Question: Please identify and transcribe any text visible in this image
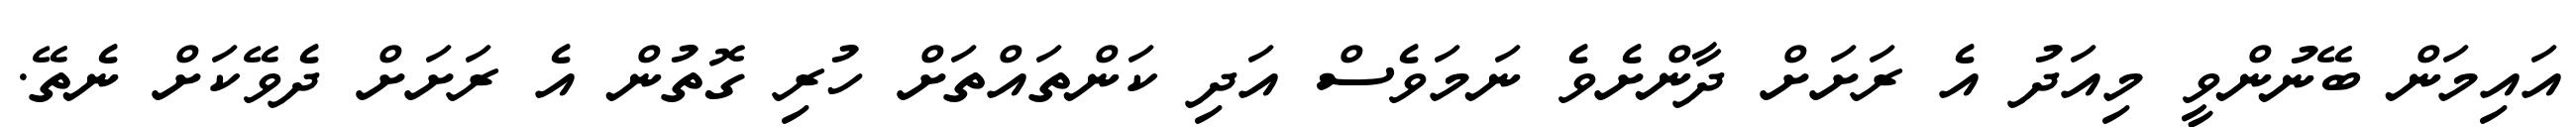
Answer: އައިމަން ބޭނުންވީ މިއަދު އެ ރަށަށް ދާންށެވެ ނަމަވެސް އަދި ކަންތައްތަށް ހުރި ގޮތުން އެ ރަށަށް ދެވޭކަށް ނެތޭ.